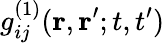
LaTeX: g_{ij}^{(1)}(\mathbf{r},\mathbf{r}^{\prime};t,t^{\prime})